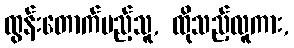
ထွန်းတောက်မည့်သူ, ထိုသည့်လူကား,